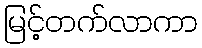
မြင့်တက်လာကာ